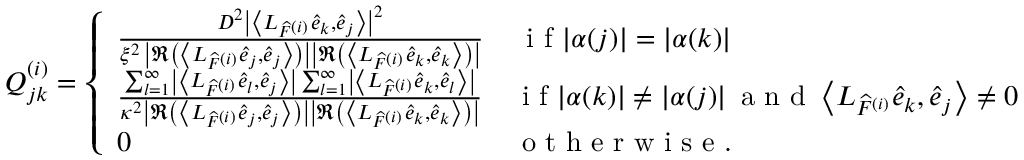
Q _ { j k } ^ { ( i ) } = \left\{ \begin{array} { l l } { \frac { D ^ { 2 } \left| \left\langle L _ { \widehat { F } ^ { ( i ) } } \widehat { e } _ { k } , \widehat { e } _ { j } \right\rangle \right| ^ { 2 } } { \xi ^ { 2 } \, \left| \Re \left( \left\langle L _ { \widehat { F } ^ { ( i ) } } \widehat { e } _ { j } , \widehat { e } _ { j } \right\rangle \right) \right| \left| \Re \left( \left\langle L _ { \widehat { F } ^ { ( i ) } } \widehat { e } _ { k } , \widehat { e } _ { k } \right\rangle \right) \right| } } & { \, \textrm { i f } | \alpha ( j ) | = | \alpha ( k ) | } \\ { \frac { \sum _ { l = 1 } ^ { \infty } \left| \left\langle L _ { \widehat { F } ^ { ( i ) } } \widehat { e } _ { l } , \widehat { e } _ { j } \right\rangle \right| \sum _ { l = 1 } ^ { \infty } \left| \left\langle L _ { \widehat { F } ^ { ( i ) } } \widehat { e } _ { k } , \widehat { e } _ { l } \right\rangle \right| } { \kappa ^ { 2 } \left| \Re \left( \left\langle L _ { \widehat { F } ^ { ( i ) } } \widehat { e } _ { j } , \widehat { e } _ { j } \right\rangle \right) \right| \left| \Re \left( \left\langle L _ { \widehat { F } ^ { ( i ) } } \widehat { e } _ { k } , \widehat { e } _ { k } \right\rangle \right) \right| } } & { \textrm { i f } | \alpha ( k ) | \neq | \alpha ( j ) | \, \textrm { a n d } \left\langle L _ { \widehat { F } ^ { ( i ) } } \widehat { e } _ { k } , \widehat { e } _ { j } \right\rangle \neq 0 } \\ { 0 } & { \textrm { o t h e r w i s e . } } \end{array} \right.